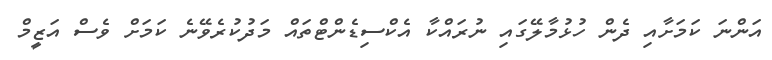
އަންނަ ކަމަށާއި ދެން ހުޅުމާލޭގައި ނުރައްކާ އެކްސިޑެންޓްތައް މަދުކުރެވޭނެ ކަމަށް ވެސް އަޒީމް